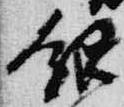
銀